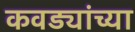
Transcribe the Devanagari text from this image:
कवड्यांच्‍या